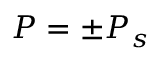
P = \pm P _ { s }